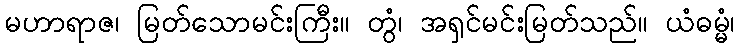
မဟာရာဇ၊ မြတ်သောမင်းကြီး။ တွံ၊ အရှင်မင်းမြတ်သည်။ ယံဓမ္မံ၊